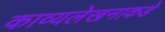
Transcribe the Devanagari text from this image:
काव्यलेखनाकडे